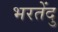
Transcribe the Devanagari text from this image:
भरतेंदु